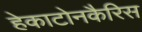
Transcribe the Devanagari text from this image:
हेकाटोनकैरिस